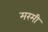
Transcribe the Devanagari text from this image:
मरमी